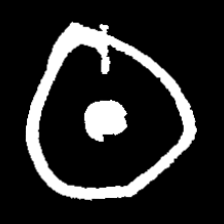
Pyu character \u2014 Myanmar letter: ထ (romanized: tha)